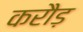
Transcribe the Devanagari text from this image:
करौड़